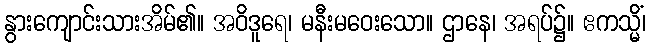
နွားကျောင်းသားအိမ်၏။ အဝိဒူရေ၊ မနီးမဝေးသော။ ဌာနေ၊ အရပ်၌။ ဧကသ္မိံ၊